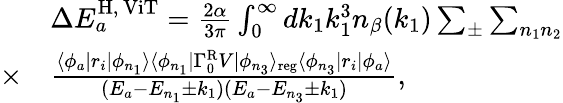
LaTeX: \begin{array}{rl}&{\Delta E_{a}^{\mathrm{H},\, \mathrm{ViT}}=\frac{2\alpha}{3\pi}\int_{0}^{\infty}dk_{1}k_{1}^{3}n_{\beta}(k_{1})\sum_{\pm}\sum_{n_{1}n_{2}}}\\ {\times}&{\frac{\langle\phi_{a}|r_{i}|\phi_{n_{1}}\rangle\langle\phi_{n_{1}}|\Gamma_{0}^{\mathrm{R}}V|\phi_{n_{3}}\rangle_{\mathrm{reg}}\langle\phi_{n_{3}}|r_{i}|\phi_{a}\rangle}{(E_{a}-E_{n_{1}}\pm k_{1})(E_{a}-E_{n_{3}}\pm k_{1})},}\end{array}